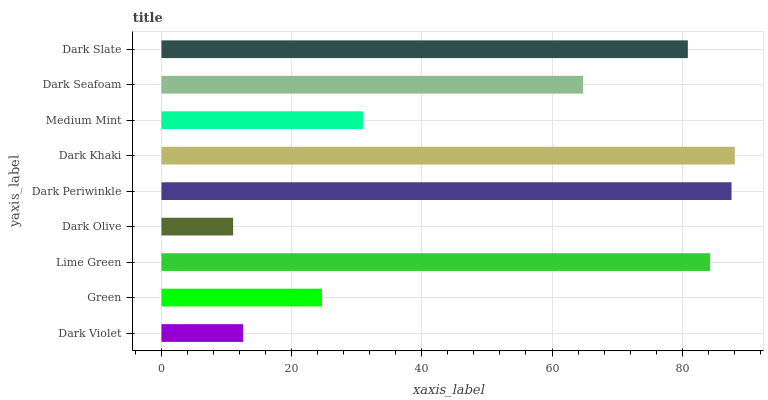
| yaxis_label | bars |
 | --- | --- |
 | Dark Violet | 12.6 |
 | Green | 24.7 |
 | Lime Green | 84.3 |
 | Dark Olive | 11 |
 | Dark Periwinkle | 87.6 |
 | Dark Khaki | 88.1 |
 | Medium Mint | 31 |
 | Dark Seafoam | 64.8 |
 | Dark Slate | 80.9 |